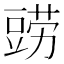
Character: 鿲